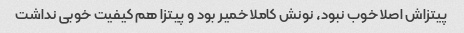
پیتزاش اصلا خوب نبود، نونش کاملا خمیر بود و پیتزا هم کیفیت خوبی نداشت